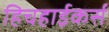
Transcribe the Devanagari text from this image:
हिचहाईकर्स